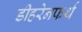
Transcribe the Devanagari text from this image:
डीहरेनफर्थ